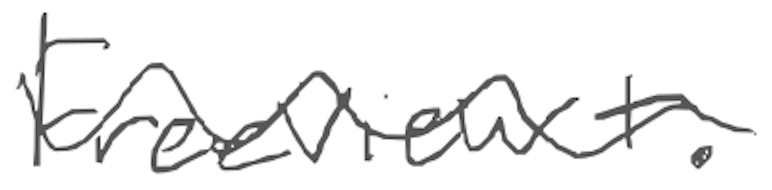
Text: Freeview+.
Cross-out: wave
Writing tool: digital_gray